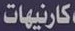
كارنيهات